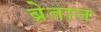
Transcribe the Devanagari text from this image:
ब्रेतान